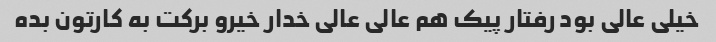
خیلی عالی بود رفتار پیک هم عالی عالی خدار خیرو برکت به کارتون بده